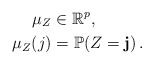
\begin{align*}\mu_Z& \in \mathbb{R}^{p}, \\\mu_Z(j)& = \mathbb{P}(Z = \mathbf{j})\,.\end{align*}